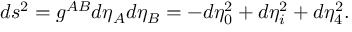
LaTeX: d s ^ { 2 } = g ^ { A B } d \eta _ { A } d \eta _ { B } = - d \eta _ { 0 } ^ { 2 } + d \eta _ { i } ^ { 2 } + d \eta _ { 4 } ^ { 2 } .